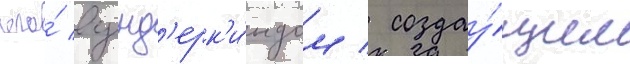
его́ вунд'ерк'и́ндом / создау́щим